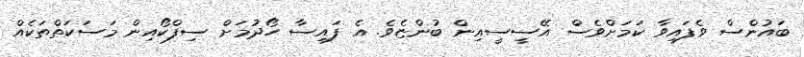
ބައުންސް ވެފައިވާ ކަމަށްވެސް އޭސީސީއިން ބުންޏެވެ. އެ ފައިސާ ހޯދުމަށް ސިފްކޯއިން މަސަކަތްތަކެއް